65_HS1-834228961_62-HQ-83894_Section_4
Agency: FBI
Page 114
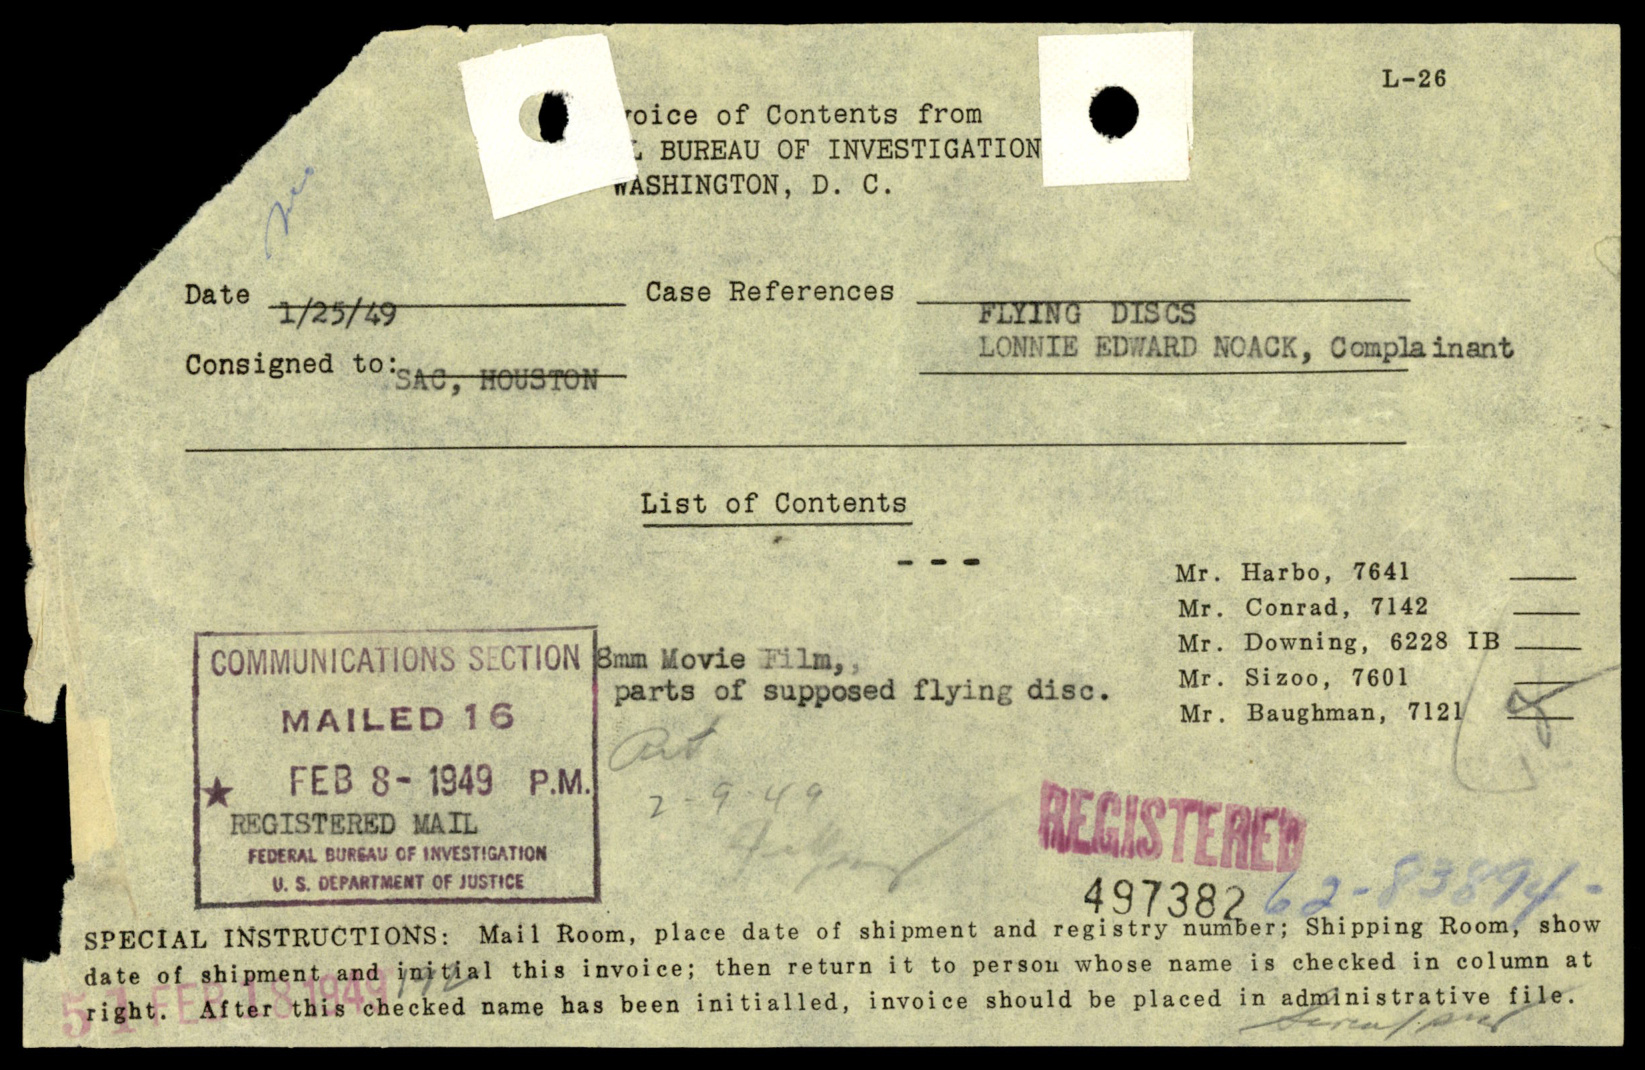